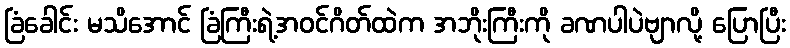
ခြံခေါင်း မသိအောင် ခြံကြီးရဲ့အဝင်ဂိတ်ထဲက အဘိုးကြီးကို ခဏပါပဲဗျာလို့ ပြောပြီး